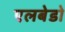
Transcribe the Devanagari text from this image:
एलबेडो